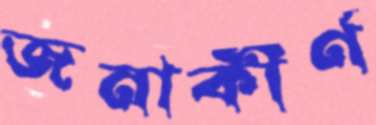
জনাকীর্ণ